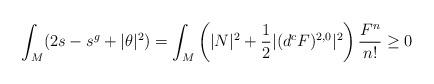
LaTeX: \begin{align*}\int_M (2s-s^g + |\theta|^2) = \int_M \left(|N|^2 + \frac12|(d^cF)^{2,0}|^2 \right) \frac{F^n}{n!} \geq 0\end{align*}